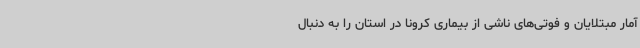
آمار مبتلایان و فوتی‌های ناشی از بیماری کرونا در استان را به دنبال